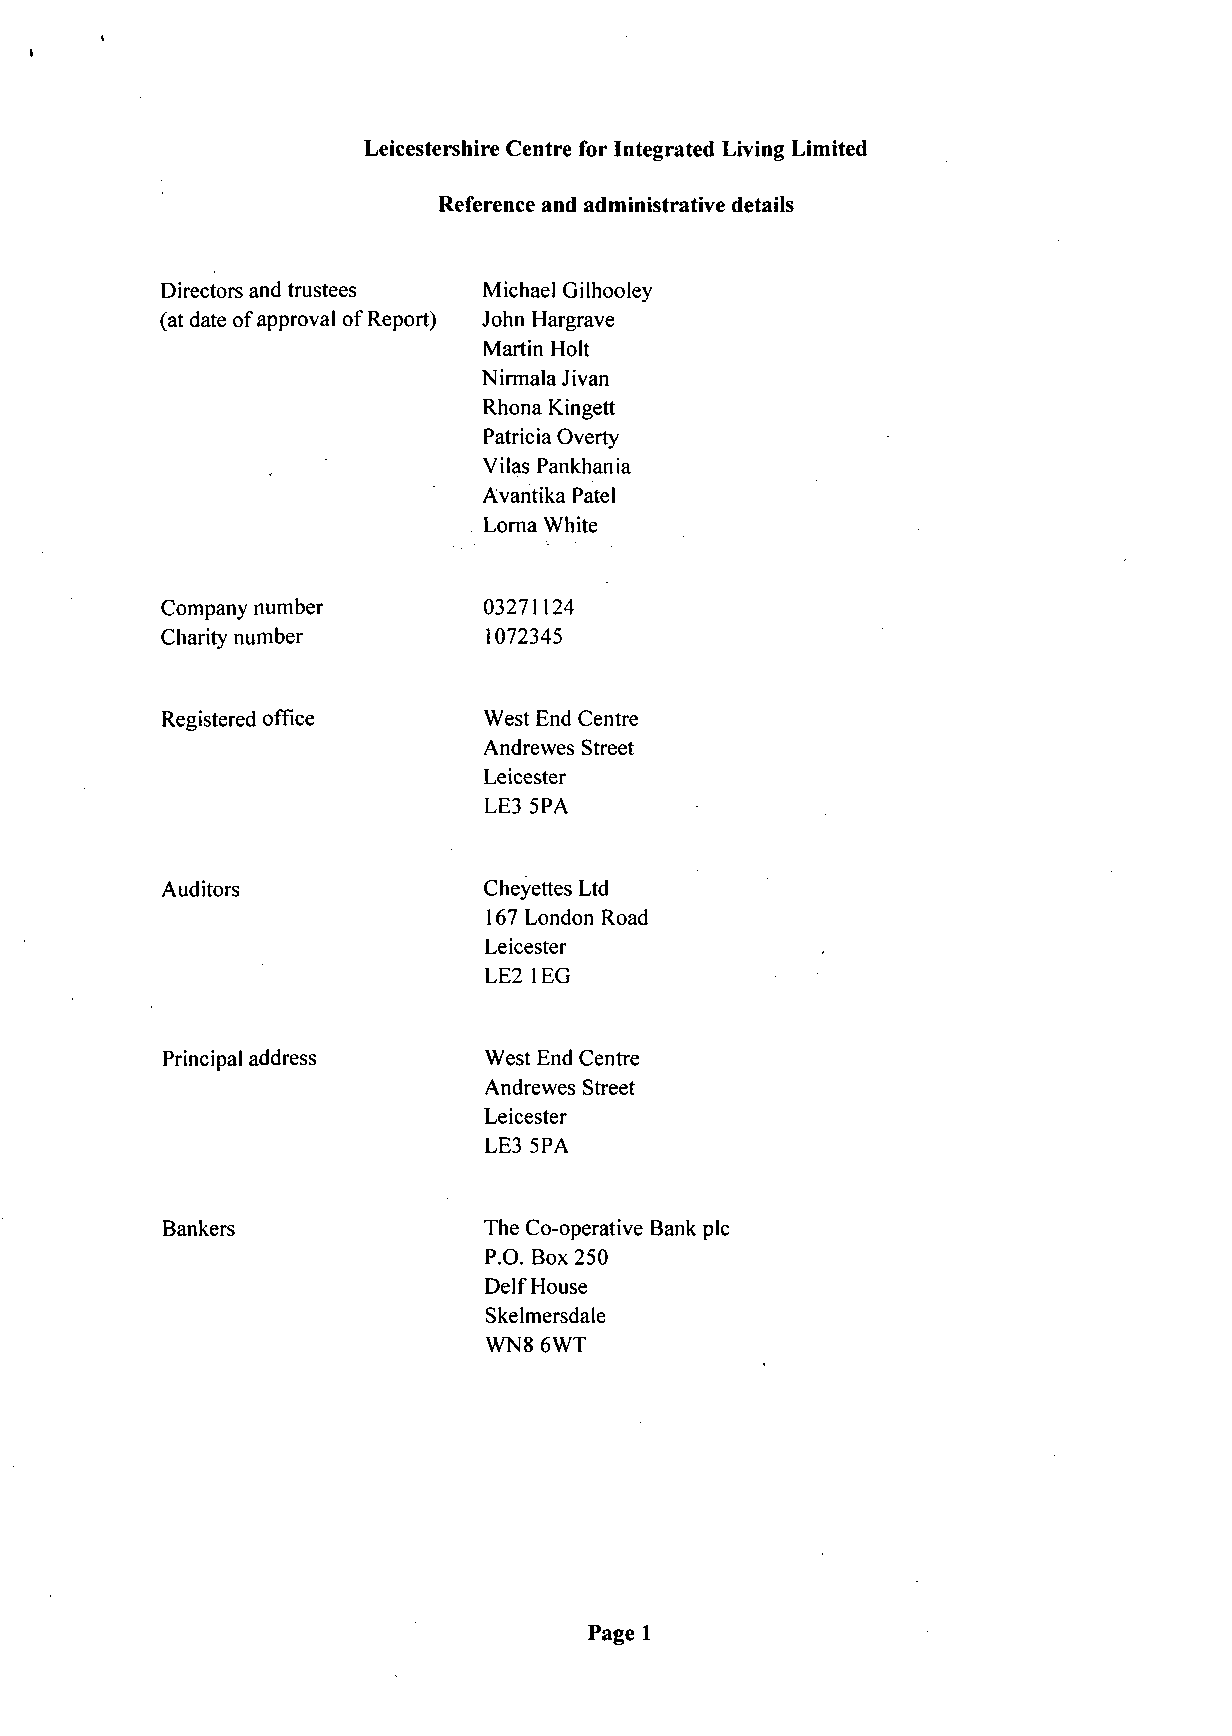
Leicestershire Centre for Integrated Living Limited
 Reference and administrative details
 Directors and trustees Michael Gilhooley
 (at date of approval of Report) John Hargrave
 Martin Holt
 Nirmala Jivan
 Rhona Kingett
 Patricia Overty
 Vilas Pankhania
 Avantika Patel
 Lorna White
 Company number       03271124
 Charity number       1072345
 Registered office    West End Centre
 Andrewes Street
 Leicester
 LE3 5PA
 Auditors             Cheyettes Ltd
 167 London Road
 Leicester
 LE2 1 EG
 Principal address    West End Centre
 Andrewes Street
 Leicester
 LE3 5PA
 Bankers              The Co-operative Bank plc
 P.O. Box 250
 Delf House
 Skelmersdale
 WN8 6WT
 Page 1